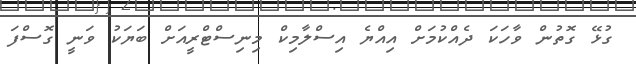
ގުޅޭ ގޮތުން ވާހަކަ ދެއްކުމަށް އިއްޔެ އިސްލާމިކް މިނިސްޓްރީއަށް ބަޔަކު ވަނީ ގޮސްފަ